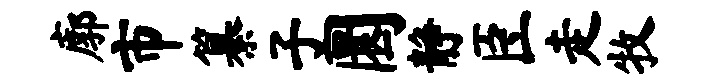
廓市纂子圜静臣走牧